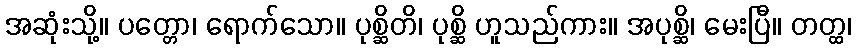
အဆုံးသို့။ ပတ္တော၊ ရောက်သော။ ပုစ္ဆိတိ၊ ပုစ္ဆိ ဟူသည်ကား။ အပုစ္ဆိ၊ မေးပြီ။ တတ္ထ၊